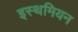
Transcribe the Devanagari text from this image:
इस्थमियन